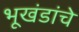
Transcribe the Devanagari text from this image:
भूखंडांचे